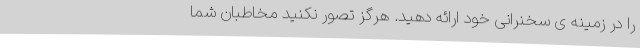
را در زمینه ی سخنرانی خود ارائه دهید. هرگز تصور نکنید مخاطبان شما